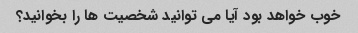
خوب خواهد بود آیا می توانید شخصیت ها را بخوانید؟